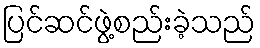
ပြင်ဆင်ဖွဲ့စည်းခဲ့သည်